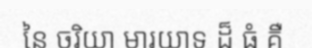
នៃ ចរិយា មារយាទ ដ៏ ធំ គឺ